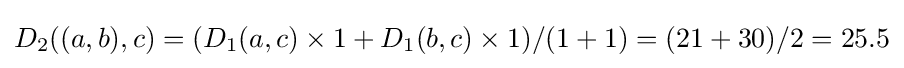
D_{2}((a,b),c)=(D_{1}(a,c)\times 1+D_{1}(b,c)\times 1)/(1+1)=(21+30)/2=25.5